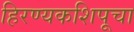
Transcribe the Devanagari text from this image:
हिरण्यकशिपूचा